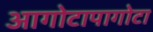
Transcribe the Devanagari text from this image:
आगोटापागोटा